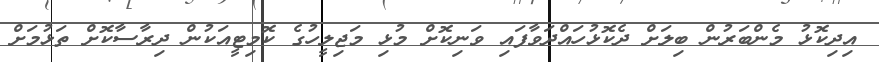
އިދިކޮޅު މެންބަރުން ބިލަށް ދެކޮޅުހައްދަވާފައި ވަނިކޮށް މުޅި މަޖިލީހުގެ ކޮމިޓީއަކުން ދިރާސާކޮށް ތަޅުމަށް